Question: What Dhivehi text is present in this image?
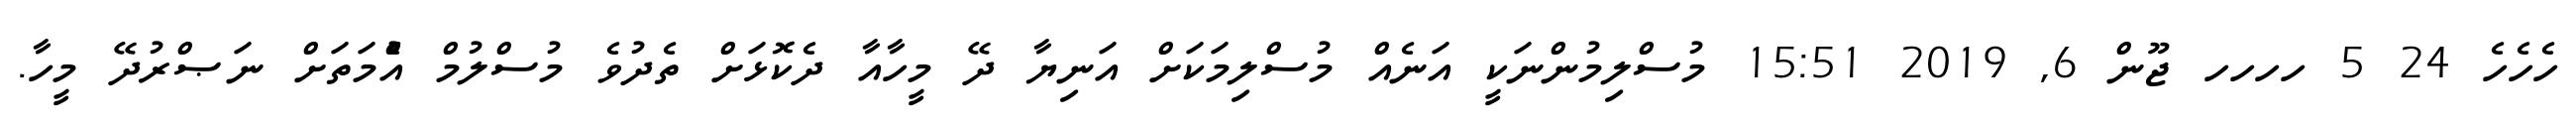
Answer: ހެހެހެ 24 5 ހހހހ ޖޫން 6, 2019 15:51 މުސްލިމުންނަކީ އަނެއް މުސްލިމަކަށް އަނިޔާ ދޭ މީހާއާ ދެކޮޅަށް ތެދުވެ މުސްލުމް އުެްމަތަށް ނަޞްރުދޭ މީހާ.